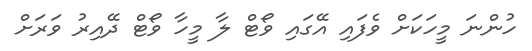
ހުންނަ މީހަކަށް ވެފައި އޭގައި ވޯޓް ލާ މީހާ ވޯޓް ދޭއިރު ވަރަށް